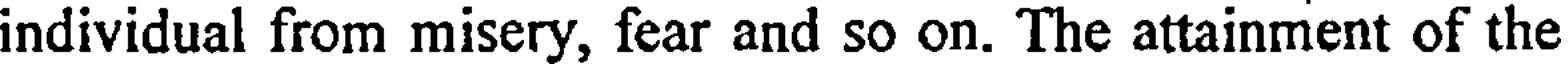
individual from misery, fear and so on. The attainment of the